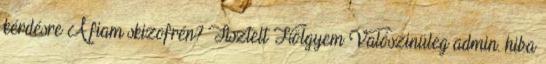
kérdésre A fiam skizofrén? Tisztelt Hölgyem Valószinüleg admin. hiba